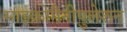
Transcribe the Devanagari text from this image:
माइक्रोमैनीपुलेशन